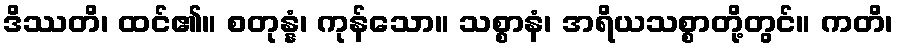
ဒိဿတိ၊ ထင်၏။ စတုန္နံ၊ ကုန်သော။ သစ္စာနံ၊ အရိယသစ္စာတို့တွင်။ ကတိ၊